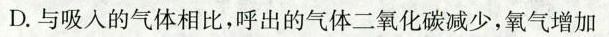
D.与吸入的气体相比，呼出的气体二氧化碳减少，氧气增加